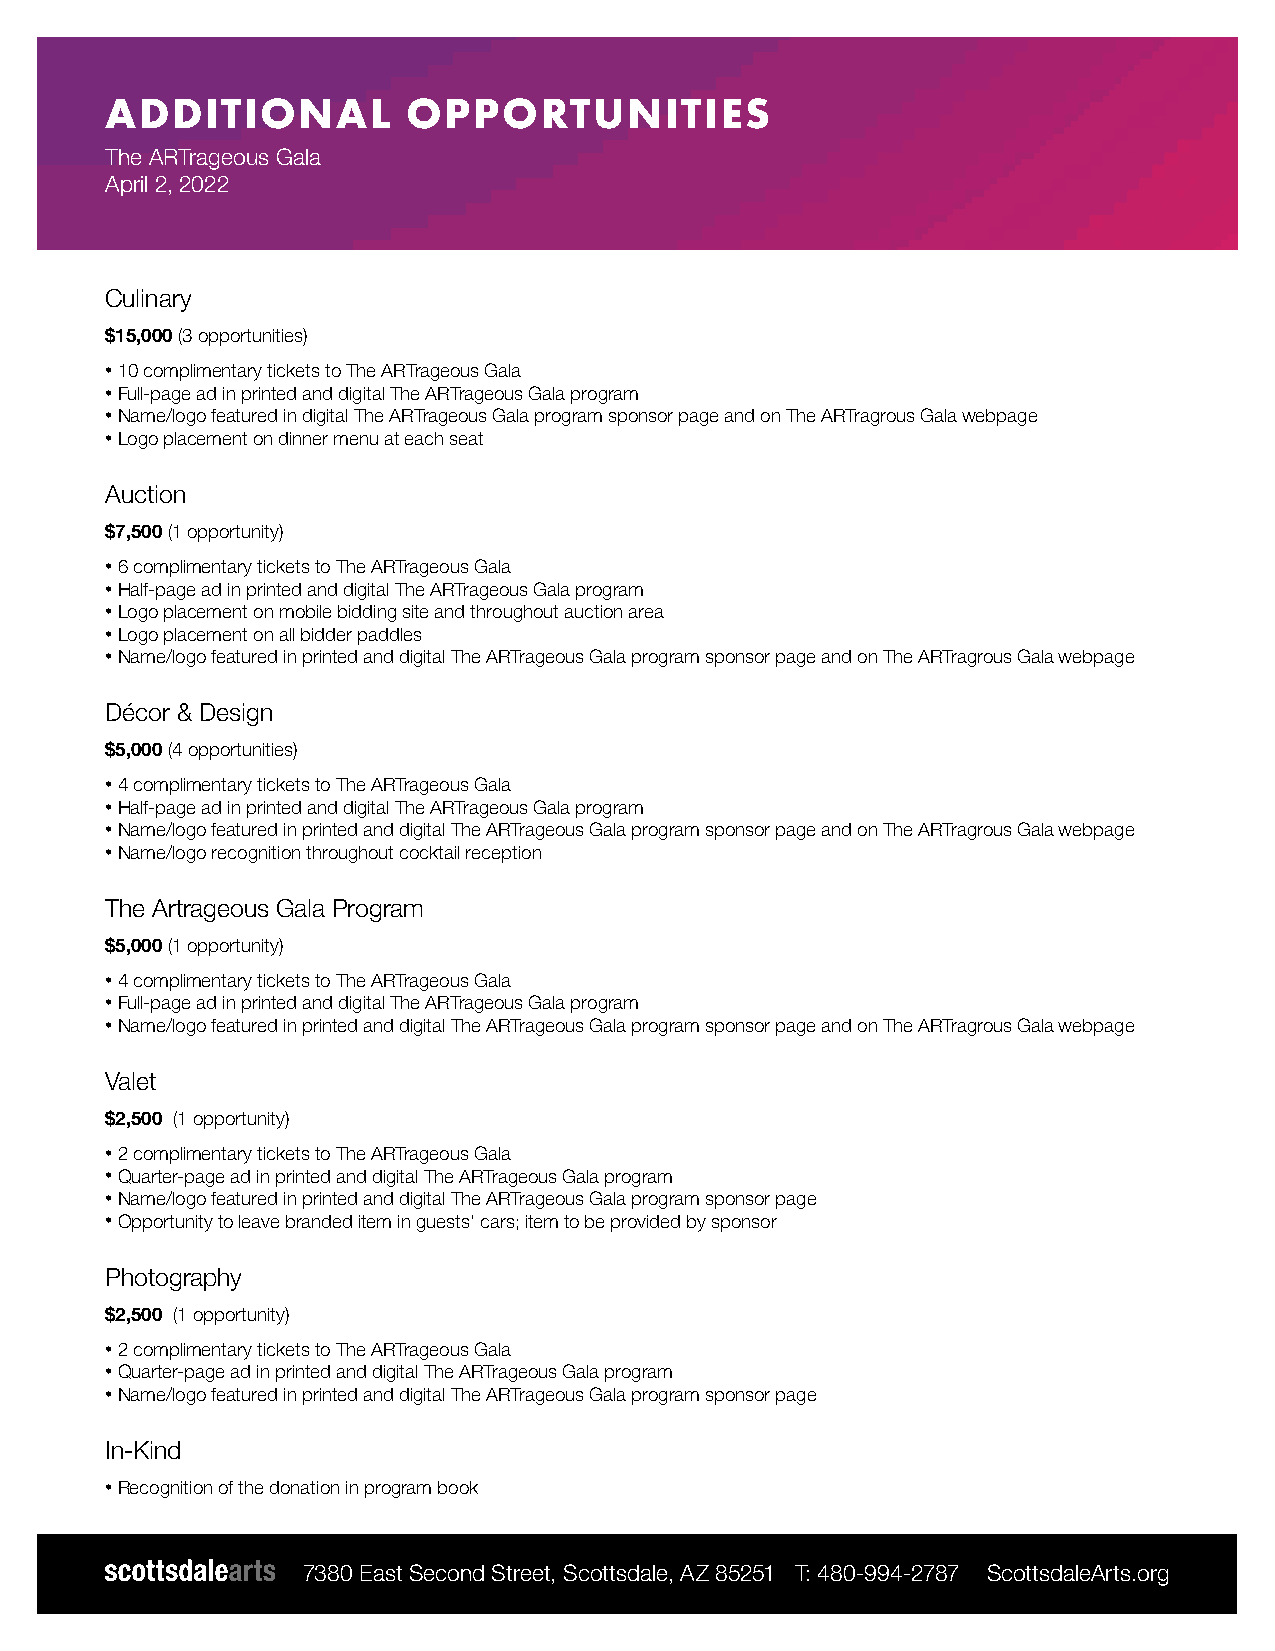
ADDITIONAL          OPPORTUNITIES
 The ARTrageous Gala
 April 2, 2022
 Culinary
 $15,000 (3 opportunities)
 • 10 complimentary tickets to The ARTrageous Gala
 • Full-page ad in printed and digital The ARTrageous Gala program
 • Name/logo featured in digital The ARTrageous Gala program sponsor page and on The ARTragrous Gala webpage
 • Logo placement on dinner menu at each seat
 Auction
 $7,500 (1 opportunity)
 • 6 complimentary tickets to The ARTrageous Gala
 • Half-page ad in printed and digital The ARTrageous Gala program
 • Logo placement on mobile bidding site and throughout auction area
 • Logo placement on all bidder paddles
 • Name/logo featured in printed and digital The ARTrageous Gala program sponsor page and on The ARTragrous Gala webpage
 Décor & Design
 $5,000 (4 opportunities)
 • 4 complimentary tickets to The ARTrageous Gala
 • Half-page ad in printed and digital The ARTrageous Gala program
 • Name/logo featured in printed and digital The ARTrageous Gala program sponsor page and on The ARTragrous Gala webpage
 • Name/logo recognition throughout cocktail reception
 The Artrageous Gala Program
 $5,000 (1 opportunity)
 • 4 complimentary tickets to The ARTrageous Gala
 • Full-page ad in printed and digital The ARTrageous Gala program
 • Name/logo featured in printed and digital The ARTrageous Gala program sponsor page and on The ARTragrous Gala webpage
 Valet
 $2,500 (1 opportunity)
 • 2 complimentary tickets to The ARTrageous Gala
 • Quarter-page ad in printed and digital The ARTrageous Gala program
 • Name/logo featured in printed and digital The ARTrageous Gala program sponsor page
 • Opportunity to leave branded item in guests’ cars; item to be provided by sponsor
 Photography
 $2,500 (1 opportunity)
 • 2 complimentary tickets to The ARTrageous Gala
 • Quarter-page ad in printed and digital The ARTrageous Gala program
 • Name/logo featured in printed and digital The ARTrageous Gala program sponsor page
 In-Kind
 • Recognition of the donation in program book
 7380 East Second Street, Scottsdale, AZ 85251 T: 480-994-2787 ScottsdaleArts.org